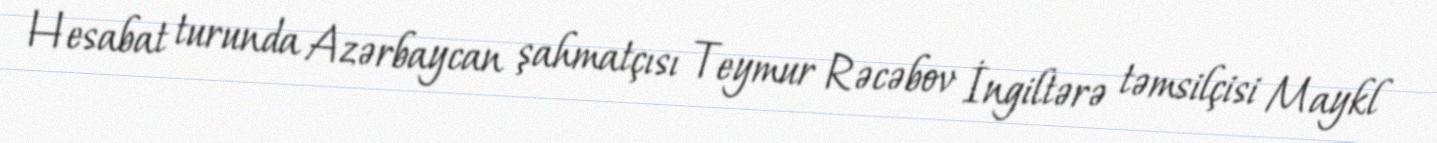
Hesabat turunda Azərbaycan şahmatçısı Teymur Rəcəbov İngiltərə təmsilçisi Maykl